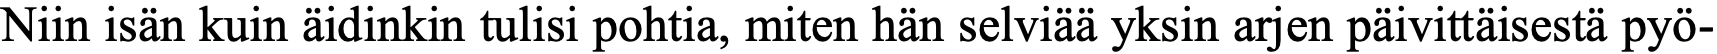
Niin isän kuin äidinkin tulisi pohtia, miten hän selviää yksin arjen päivittäisestä pyö-